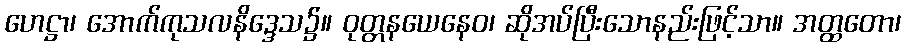
ဟေဋ္ဌာ၊ အောက်ကုသလနိဒ္ဒေသ၌။ ဝုတ္တနယေနေဝ၊ ဆိုအပ်ပြီးသောနည်းဖြင့်သာ။ အတ္ထတော၊